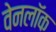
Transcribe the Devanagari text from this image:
वेनलॉक